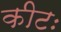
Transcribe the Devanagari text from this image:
कीटः